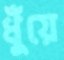
ধুঁয়ে